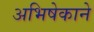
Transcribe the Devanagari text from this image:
अभिषेकाने